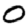
Digit: 0